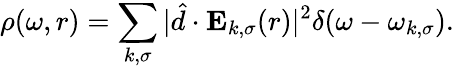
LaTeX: \rho(\omega,r)=\sum_{k,\sigma}|\hat{d}\cdot\mathbf{E}_{k,\sigma}(r)|^{2}\delta(\omega-\omega_{k,\sigma}).